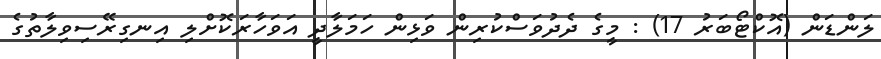
ލަންޑަން (އޮކްޓޯބަރު 17) : މީގެ ދެދުވަސްކުރިން ވަޅިން ހަމަލާދީ އަވަހާރަކޮށްލި އިނގިރޭސިވިލާތުގެ